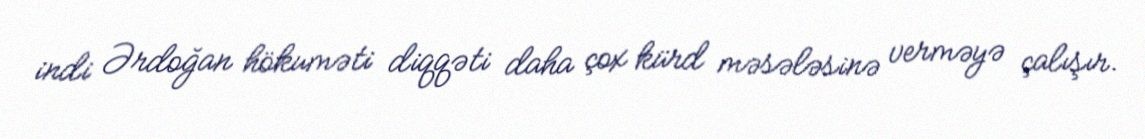
indi Ərdoğan hökuməti diqqəti daha çox kürd məsələsinə verməyə çalışır.